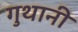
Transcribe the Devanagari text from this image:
गुथानी